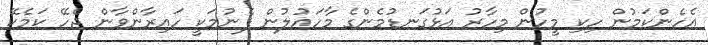
އެހެންކަމުން ހިކި މީހުން މިހާރު އަޅުގަނޑުމެންގެ މާހައުލުން ފެނުމަކީ ހައިރާންވާން ޖެހޭ ކަމެކޭ